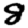
Digit: 8